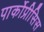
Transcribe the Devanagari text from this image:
पार्कोप्रीसिस